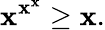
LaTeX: \mathbf{x}^{\mathbf{x}^{\mathbf{x}}}\geq\mathbf{x}.